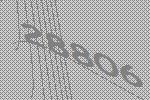
28806